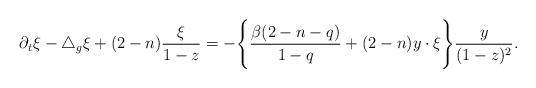
LaTeX: \begin{align*} \partial_t\xi-\triangle_g\xi+(2-n)\frac{\xi}{1-z}=-\Bigg\{\frac{\beta(2-n-q)}{1-q}+(2-n)y\cdot\xi\Bigg\}\frac{y}{(1-z)^2}. \end{align*}